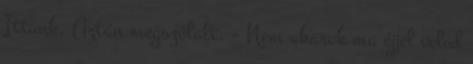
Ittunk. Aztán megszólalt. – Nem akarok ma éjjel veled